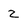
Character: z